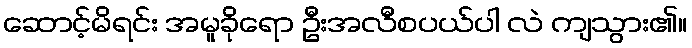
ဆောင့်မိရင်း အမူခိုရော ဦးအလီစပယ်ပါ လဲ ကျသွား၏။